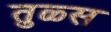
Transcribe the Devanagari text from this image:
तुळ्स